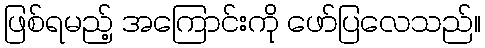
ဖြစ်ရမည့် အကြောင်းကို ဖော်ပြလေသည်။